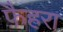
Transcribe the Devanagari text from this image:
फ़ैहरा